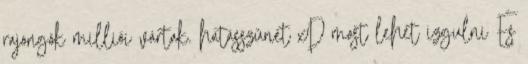
rajongók milliói vártak. hatásszünet xD most lehet izgulni És